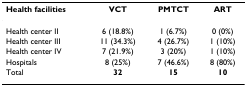
<table><thead><tr><td><b>Health facilities</b></td><td><b>VCT</b></td><td><b>PMTCT</b></td><td><b>ART</b></td></tr></thead><tbody><tr><td>Health center II</td><td>6 (18.8%)</td><td>1 (6.7%)</td><td>0 (0%)</td></tr><tr><td>Health center III</td><td>11 (34.3%)</td><td>4 (26.7%)</td><td>1 (10%)</td></tr><tr><td>Health center IV</td><td>7 (21.9%)</td><td>3 (20%)</td><td>1 (10%)</td></tr><tr><td>Hospitals</td><td>8 (25%)</td><td>7 (46.6%)</td><td>8 (80%)</td></tr><tr><td>Total</td><td><b>32</b></td><td><b>15</b></td><td><b>10</b></td></tr></tbody></table>